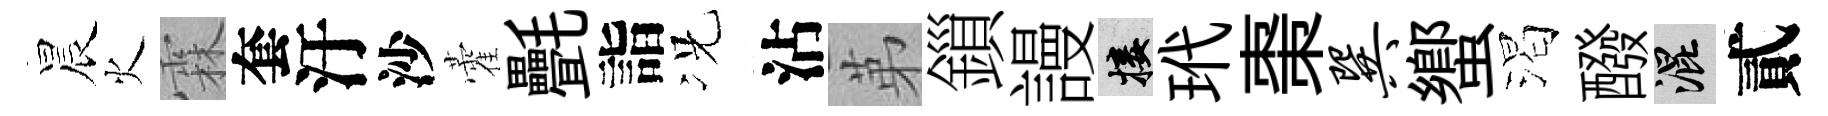
晨火霖套汙沙藿㲲詣况沾苐鎻謾接玳棗巽蠁渴醱混貳